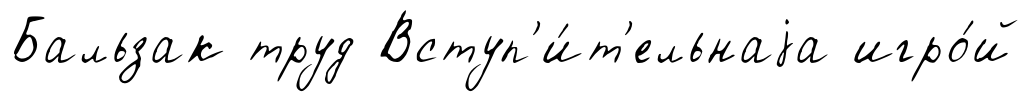
Бальзак труд Вступ'и́т'ельнаjа игро́й